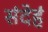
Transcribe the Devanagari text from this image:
संदेहं